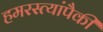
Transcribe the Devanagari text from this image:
हमरस्त्यांपैकी